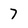
Character: 7